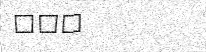
١٠٩